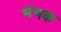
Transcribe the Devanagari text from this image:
भंभक